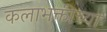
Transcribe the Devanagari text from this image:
कलाभक्तीच्या